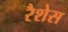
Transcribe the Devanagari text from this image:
रैशेस